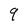
Character: 9